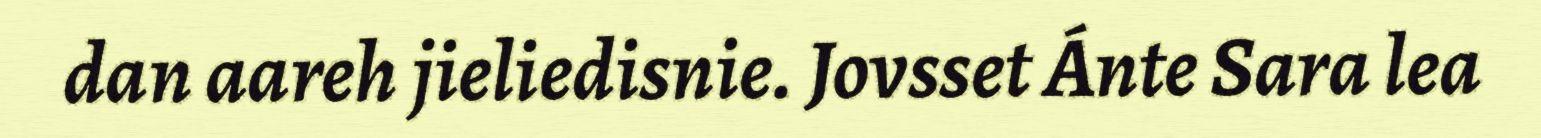
dan aareh jieliedisnie. Jovsset Ánte Sara lea